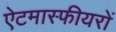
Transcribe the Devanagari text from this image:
ऐटमास्फीयरों